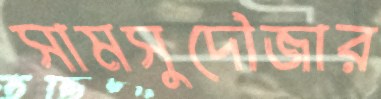
সামসুদৌজার